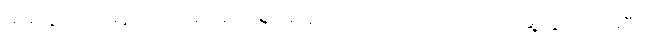
ဓားတွင် အမှန်ပင် အစင်း အရာ မရှိတော့ဘဲ ပကတိ ချောမွေ့သွားလေပြီ။